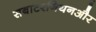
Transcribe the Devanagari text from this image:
सबाटरनियनऔर